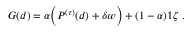
G ( d ) = \alpha \Big ( P ^ { ( \tau ) } ( d ) + \delta w \Big ) + ( 1 - \alpha ) \mathbb { 1 } \zeta \ .